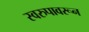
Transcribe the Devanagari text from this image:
स्वरुपावरून